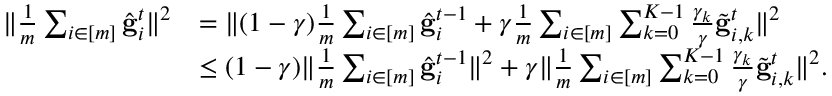
\begin{array} { r l } { \Vert \frac { 1 } { m } \sum _ { i \in [ m ] } \hat { \mathbf { g } } _ { i } ^ { t } \Vert ^ { 2 } } & { = \Vert ( 1 - \gamma ) \frac { 1 } { m } \sum _ { i \in [ m ] } \hat { \mathbf { g } } _ { i } ^ { t - 1 } + \gamma \frac { 1 } { m } \sum _ { i \in [ m ] } \sum _ { k = 0 } ^ { K - 1 } \frac { \gamma _ { k } } { \gamma } \tilde { \mathbf { g } } _ { i , k } ^ { t } \Vert ^ { 2 } } \\ & { \leq ( 1 - \gamma ) \Vert \frac { 1 } { m } \sum _ { i \in [ m ] } \hat { \mathbf { g } } _ { i } ^ { t - 1 } \Vert ^ { 2 } + \gamma \Vert \frac { 1 } { m } \sum _ { i \in [ m ] } \sum _ { k = 0 } ^ { K - 1 } \frac { \gamma _ { k } } { \gamma } \tilde { \mathbf { g } } _ { i , k } ^ { t } \Vert ^ { 2 } . } \end{array}